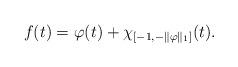
LaTeX: \begin{align*}f(t)=\varphi(t)+\chi_{[-1,-\Vert \varphi\Vert_1]}(t). \end{align*}